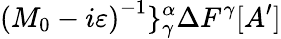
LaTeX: \left(M_{0}-i\varepsilon\right)^{-1}\} _{\gamma}^{\alpha}\Delta F^{\gamma}[A^{\prime}]